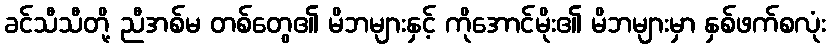
ခင်သီသီတို့ ညီအစ်မ တစ်တွေ၏ မိဘများနှင့် ကိုအောင်မိုး၏ မိဘများမှာ နှစ်ဖက်စလုံး